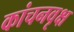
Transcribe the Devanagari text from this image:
कांचनवृक्ष